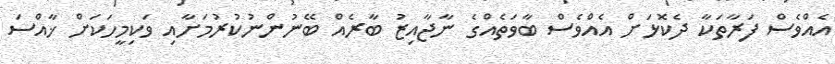
އެއްވެސް ފަރާތަކާ ދެކޮޅަށް އެއްވެސް ބާވަތެއްގެ ނާޖާއިޒު ބާރެއް ބޭނުންނުކުރުމަށާއި ވަކިމީހަކަށް ޚާއްސަ